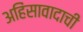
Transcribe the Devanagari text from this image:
अहिंसावादाची